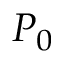
P _ { 0 }